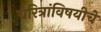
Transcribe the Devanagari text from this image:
चरित्रांविषयीचे